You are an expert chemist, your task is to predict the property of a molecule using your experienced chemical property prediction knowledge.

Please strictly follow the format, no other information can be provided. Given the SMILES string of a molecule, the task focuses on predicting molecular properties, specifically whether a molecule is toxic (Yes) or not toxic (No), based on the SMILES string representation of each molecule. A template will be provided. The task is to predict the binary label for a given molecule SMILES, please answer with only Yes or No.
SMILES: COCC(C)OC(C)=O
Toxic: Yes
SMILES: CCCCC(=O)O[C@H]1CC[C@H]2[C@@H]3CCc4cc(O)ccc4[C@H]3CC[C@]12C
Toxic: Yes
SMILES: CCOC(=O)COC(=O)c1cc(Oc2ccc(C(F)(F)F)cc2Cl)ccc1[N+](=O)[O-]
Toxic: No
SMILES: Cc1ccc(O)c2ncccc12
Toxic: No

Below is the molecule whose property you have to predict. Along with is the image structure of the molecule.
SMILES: C/C(=C\c1csc(C)n1)C1C[C@@H]2O[C@]2(C)CCC[C@H](C)C(O)[C@@H](C)C(=O)C(C)(C)[C@@H](O)CC(=O)O1
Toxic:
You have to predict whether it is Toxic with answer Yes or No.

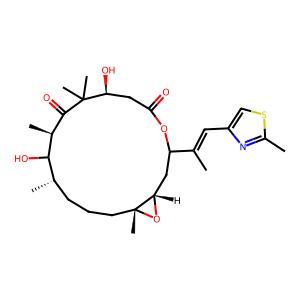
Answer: No